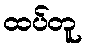
ထပ်တူ